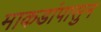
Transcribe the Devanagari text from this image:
माकडांपासुन